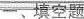
一、填空题